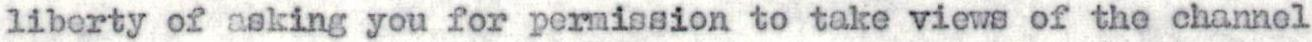
liberty of asking you for permission to take views of the channel